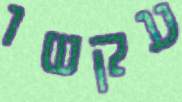
עקשו